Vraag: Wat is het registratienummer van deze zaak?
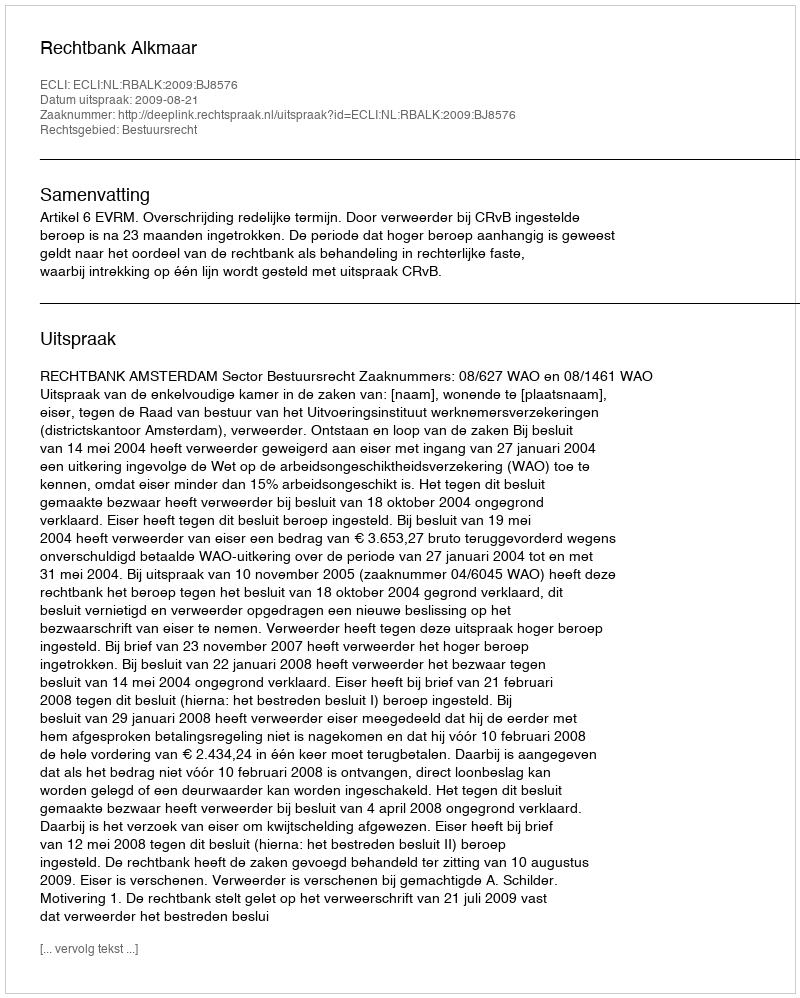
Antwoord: http://deeplink.rechtspraak.nl/uitspraak?id=ECLI:NL:RBALK:2009:BJ8576